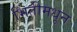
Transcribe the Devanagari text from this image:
भिंतीमधून